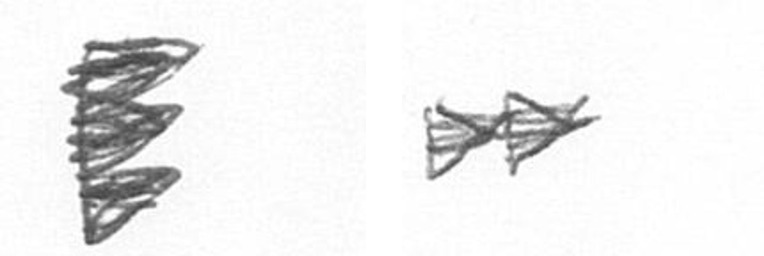
H A